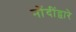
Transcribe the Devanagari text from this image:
नोंदींद्वारे